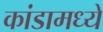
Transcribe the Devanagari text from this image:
कांडामध्ये